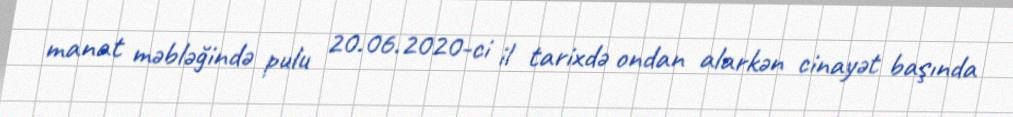
manat məbləğində pulu 20.06.2020-ci il tarixdə ondan alarkən cinayət başında